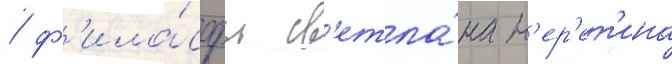
/ ф'ило́софы св'етла́на н'ер'ет'ина